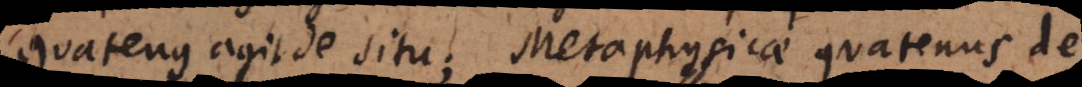
quatenus agit de situ; Metaphysicae quatenus de